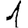
Digit: 1